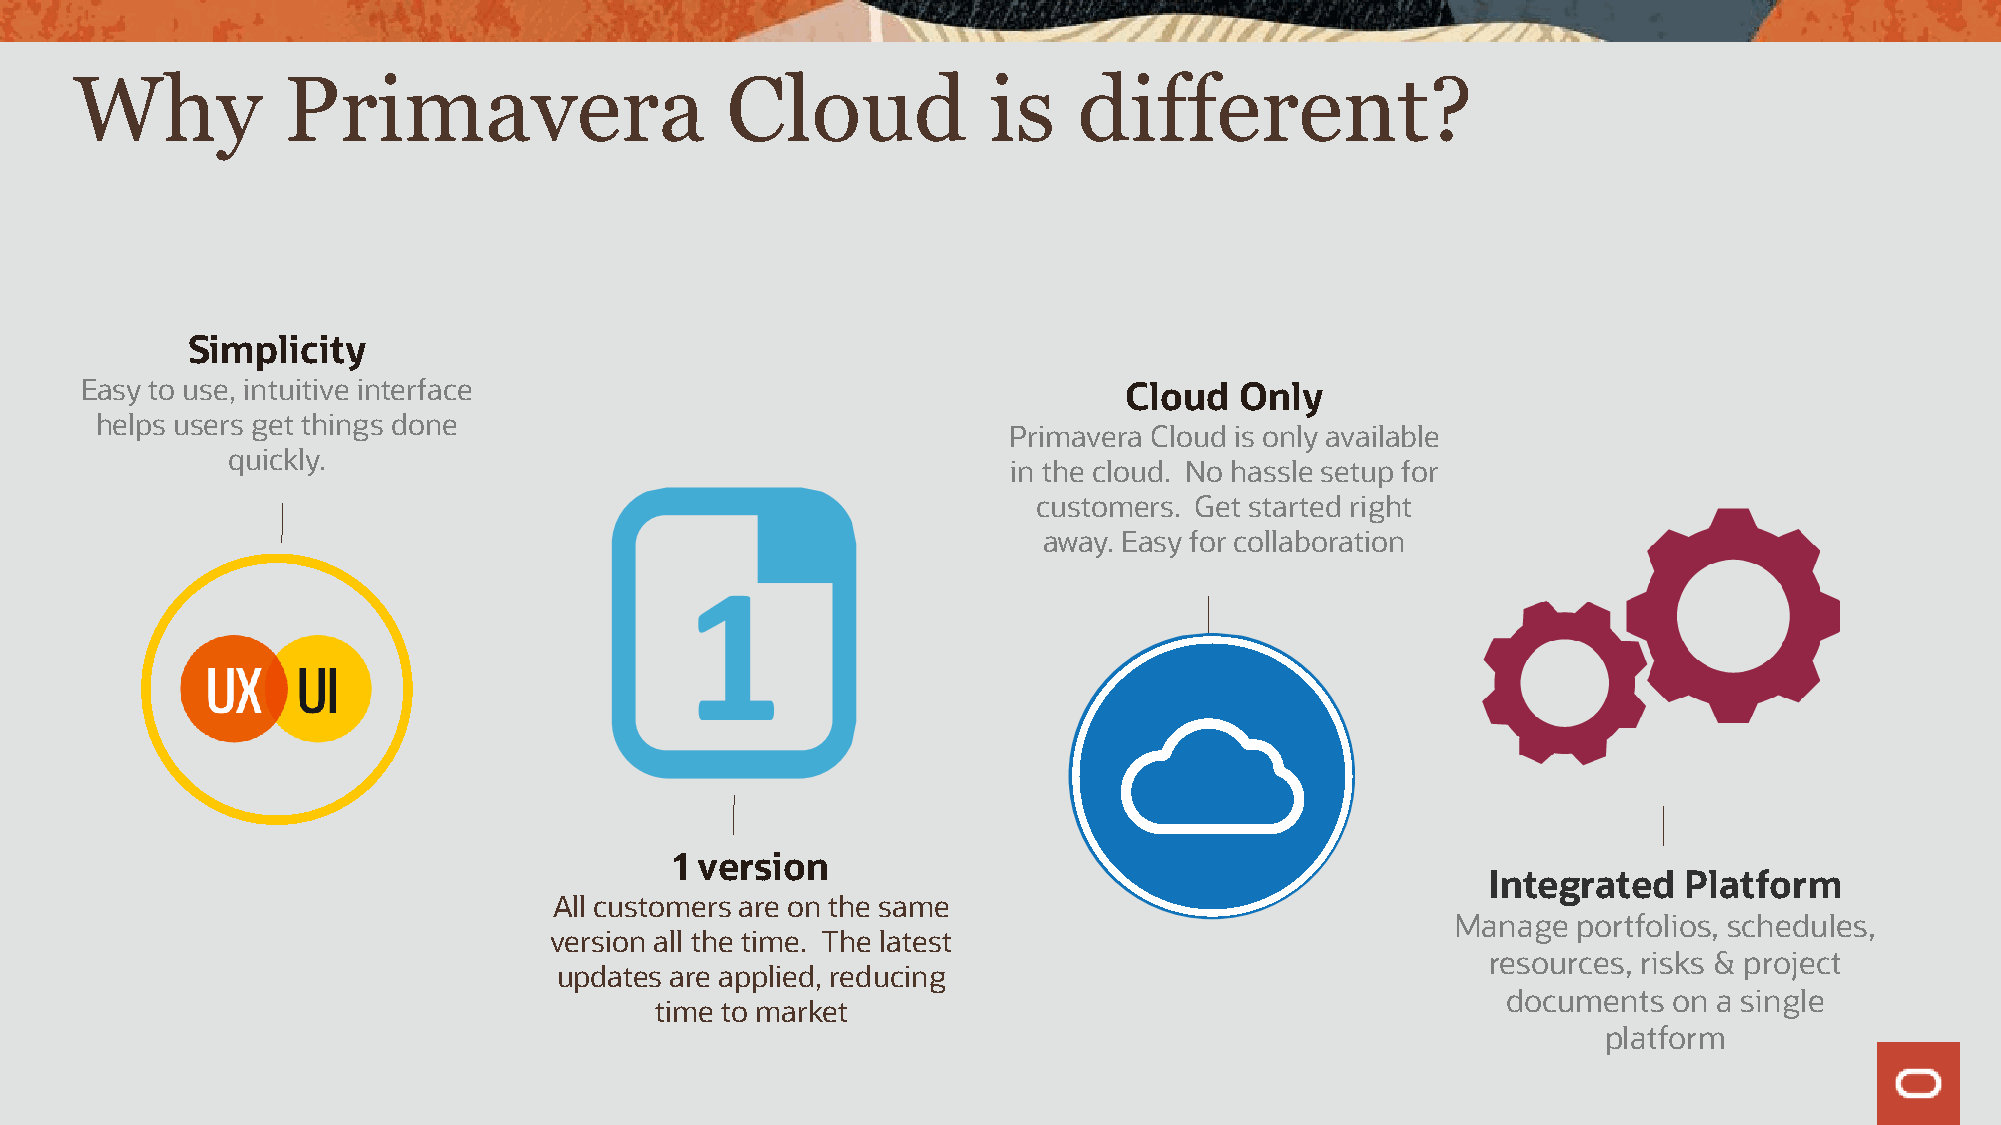
Why           Primavera                    Cloud            is    different?
 Simplicity
 Easy to use, intuitive interface                                     Cloud   Only
 helps users get things done
 Primavera Cloud is only available
 quickly.
 in the cloud. No hassle setup for
 customers. Get started right
 away. Easy for collaboration
 1 version
 Integrated   Platform
 All customers are on the same
 Manage  portfolios, schedules,
 version all the time. The latest
 resources, risks & project
 updates are applied, reducing
 documents  on a single
 time to market
 platform